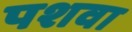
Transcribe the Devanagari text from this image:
पशवा